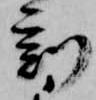
刻